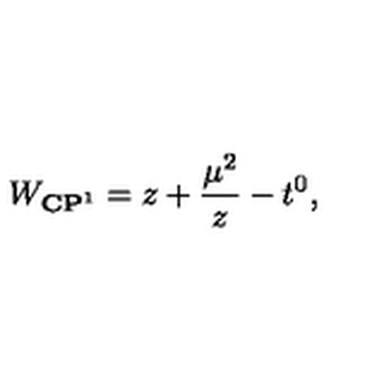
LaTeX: W _ { { \bf C P } ^ { 1 } } = z + { \frac { \mu ^ { 2 } } { z } } - t ^ { 0 } ,